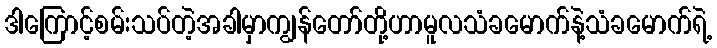
ဒါကြောင့်စမ်းသပ်တဲ့အခါမှာကျွန်တော်တို့ဟာမူလသံခမောက်နဲ့သံခမောက်ရဲ့